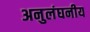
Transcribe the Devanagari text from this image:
अनुलंघनीय